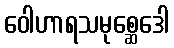
ဝေါဟာရသမုစ္ဆေဒေါ